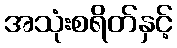
အသုံးစရိတ်နှင့်